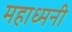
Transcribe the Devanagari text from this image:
महाध्मनी